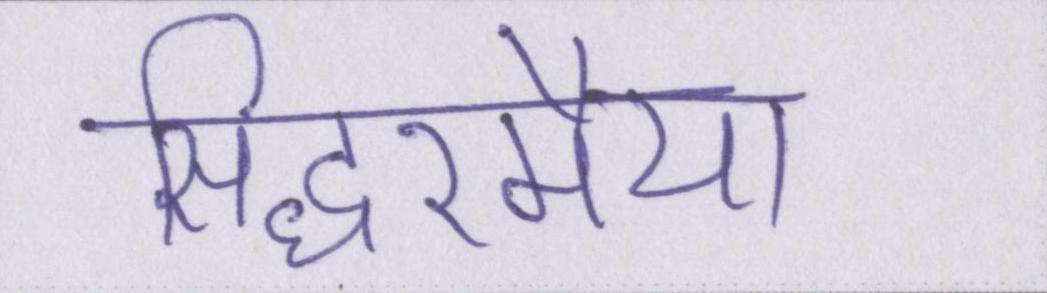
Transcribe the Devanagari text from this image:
सिद्धरमैया